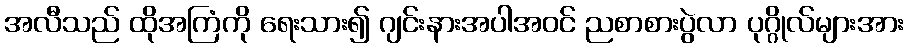
အလီသည် ထိုအကြံကို ရေးသား၍ ဂျင်းနားအပါအဝင် ညစာစားပွဲလာ ပုဂ္ဂိုလ်များအား